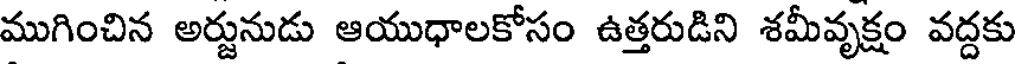
ముగించిన అర్జునుడు ఆయుధాలకోసం ఉత్తరుడిని శమీవృక్షం వద్దకు